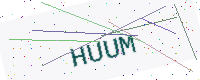
Text: HUUM